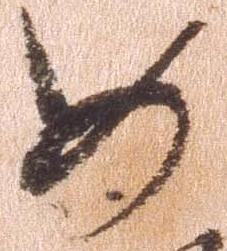
如